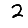
Digit: 2